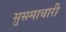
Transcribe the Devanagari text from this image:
सुसमाचारी